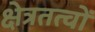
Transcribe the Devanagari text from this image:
क्षेत्रतत्वों